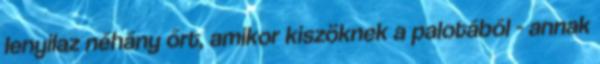
lenyilaz néhány őrt, amikor kiszöknek a palotából - annak